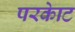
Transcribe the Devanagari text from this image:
परकाेट